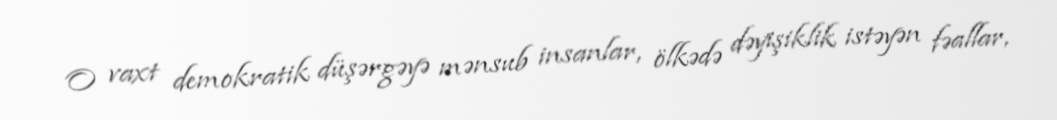
O vaxt demokratik düşərgəyə mənsub insanlar, ölkədə dəyişiklik istəyən fəallar,